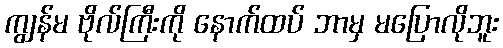
ကျွန်မ ဗိုလ်ကြီးကို နောက်ထပ် ဘာမှ မပြောလိုဘူး